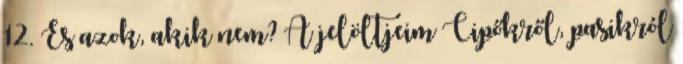
12. És azok, akik nem? A jelöltjeim Cipőkről, pasikról